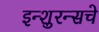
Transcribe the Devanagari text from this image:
इन्‍शुरन्‍सचे